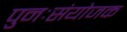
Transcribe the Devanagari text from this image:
पुनःसंयोजक